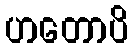
ဟတောပိ